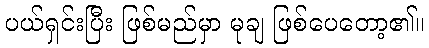
ပယ်ရှင်းပြီး ဖြစ်မည်မှာ မုချ ဖြစ်ပေတော့၏။